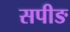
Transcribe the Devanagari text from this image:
सपीङ